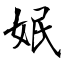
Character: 姄